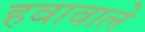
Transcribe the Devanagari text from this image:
हवावाले